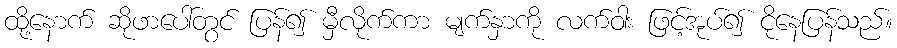
ထို့နောက် ဆိုဖာပေါ်တွင် ပြန်၍ မှီလိုက်ကာ မျက်နှာကို လက်ဝါး ဖြင့်အုပ်၍ ငိုနေပြန်သည်။